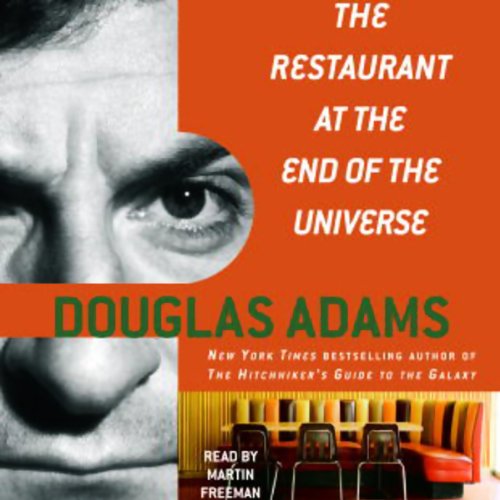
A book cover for The Restaurant at the End of the Universe: The Hitchhiker's Guide to the Galaxy, Book 2; Douglas Adams; Travel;